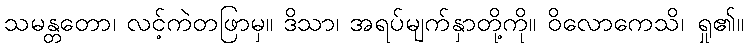
သမန္တတော၊ လင့်ကဲတဖြာမှ။ ဒိသာ၊ အရပ်မျက်နှာတို့ကို။ ဝိလောကေသိ၊ ရှု၏။